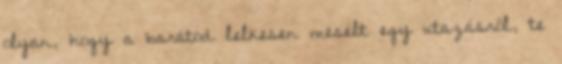
olyan, hogy a barátod lelkesen mesélt egy utazásról, te